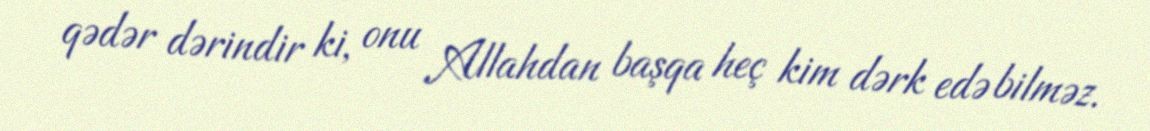
qədər dərindir ki, onu Allahdan başqa heç kim dərk edə bilməz.